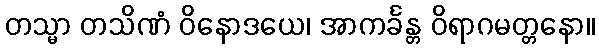
တသ္မာ တသိဏံ ဝိနောဒယေ၊ အာကင်္ခန္တ ဝိရာဂမတ္တနော။